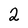
Character: 2